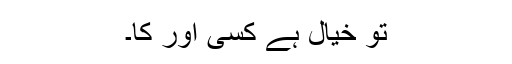
تو خیال ہے کسی اور کا۔